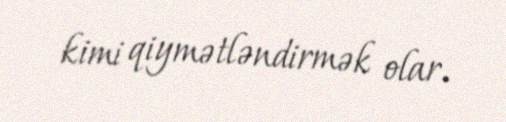
kimi qiymətləndirmək olar.